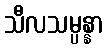
သီလသမ္ပန္နာ